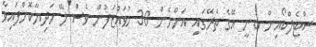
ސްޓެލްކޯއިން ބުނީ އޭގެ ތެރޭގައި އަންހެން 30 މުވައްޒަފުން ވެސް ލޭ ހަދިޔާކޮށްފައިވާ